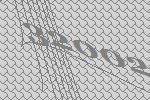
32002